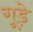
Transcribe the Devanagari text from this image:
गूड़े